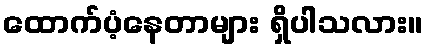
ထောက်ပံ့နေတာများ ရှိပါသလား။